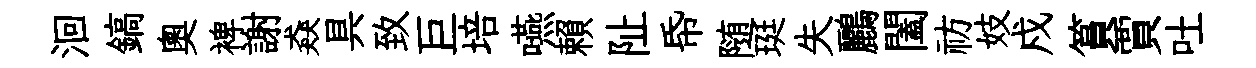
洄鎬奥裨謝猋具致巨培嚥賴阯帋随珽失鸝闔祊妓戍篔賈吐